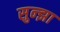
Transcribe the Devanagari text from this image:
सुन्झा